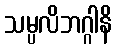
သမ္ပလိဘဂ္ဂါနိ